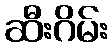
ဆီးဂိမ်း